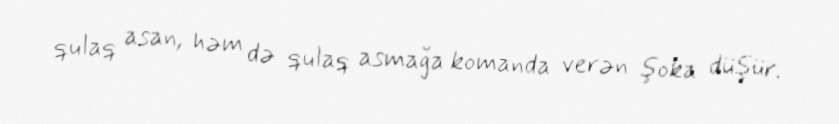
qulaq asan, həm də qulaq asmağa komanda verən şoka düşür.